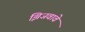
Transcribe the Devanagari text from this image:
झिजवावे